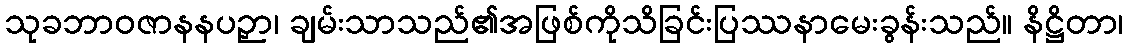
သုခဘာဝဇာနနပဉှာ၊ ချမ်းသာသည်၏အဖြစ်ကိုသိခြင်းပြဿနာမေးခွန်းသည်။ နိဋ္ဌိတာ၊